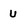
Character: U